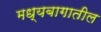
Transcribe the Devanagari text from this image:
मध्यबागातील